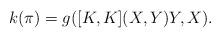
LaTeX: \begin{align*} k(\pi) = g([K,K](X,Y)Y,X).\end{align*}